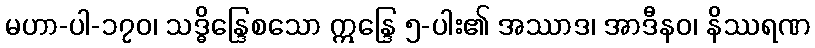
မဟာ-ပါ-၁၇၀၊ သဒ္ဓိန္ဒြေစသော ဣန္ဒြေ ၅-ပါး၏ အဿာဒ၊ အာဒီနဝ၊ နိဿရဏ